Medical and sanitary report of the native army of Madras for the year
Year: 1878
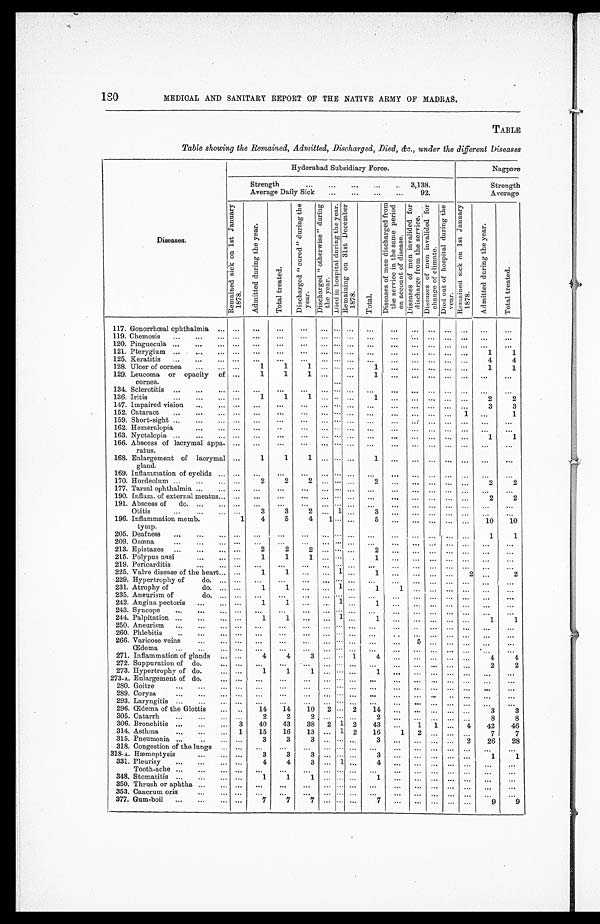
180
MEDICAL AND SANITARY REPORT OF THE NATIVE ARMY OF MADRAS.
TABLE
Table showing the Remained, Admitted, Discharged, Died, &c., under the different Diseases
Diseases.
Hyderabad Subsidiary Force.
Nagpore
Strength . . . 3,138.
Strength
Average Daily Sick . . . 92.
Average
R e m a i n e d s i c k o n 1 s t J a n u a r y 1 8 7 8 .
A d m i t t e d d u r i n g t h e y e a r .
T o t a l t r e a t e d .
D i s c h a r g e d " c u r e d " d u r i n g t h e y e a r .
D i s c h a r g e d " o t h e r w i s e " d u r i n g t h e y e a r .
D i e d i n h o s p i t a l d u r i n g t h e y e a r . R e m a i n i n g o n 3 1 s t D e c e m b e r 1 8 7 8 .
T o t a l .
D i s e a s e s o f m e n d i s c h a r g e d f r o m t h e s e r v i c e i n t h e s a m e p e r i o d o n a c c o u n t o f d i s e a s e .
D i s e a s e s o f m e n i n v a l i d e d f o r d i s c h a r g e d f r o m t h e s e r v i c e . D i s e a s e s o f m e n i n v a l i d e d f o r c h a n g e o f c l i m a t e .
D i e d o u t o f h o s p i t a l d u r i n g t h e y e a r .
R e m a i n i n g s i c k o n 1 s t J a n u a r y 1 8 7 8 .
A d m i t t e d d u r i n g t h e y e a r .
T o t a l t r e a t e d .
117. Gonorrhœal ophthalmia . . .
. . .
. . .
. . .
. . .
. . .
. . .
. . .
. . .
. . .
. . .
. . .
. . .
. . .
. . .
. . .
119. Chemosis . . .
. . .
. . .
. . .
. . .
. . .
. . . . . .
. . .
. . .
. . .
. . .
. . .
. . .
. . .
. . .
120. Pinguecula . . .
. . .
. . .
. . .
. . .
. . .
. . . . . .
. . .
. . .
. . .
. . .
. . .
. . .
. . .
. . .
121. Pterygium . . .
. . .
. . .
. . .
. . .
. . .
. . . . . .
. . .
. . .
. . .
. . .
. . .
. . .
1
1
125. Keratitis . . .
. . .
. . .
. . .
. . .
. . .
. . . . . .
. . .
. . .
. . .
. . .
. . .
. . .
4
4
128. Ulcer of cornea . . .
. . .
1
1
1
. . .
. . . . . .
1
. . .
. . .
. . .
. . .
. . .
1
1
129. Leucoma or opacity of
cornea.
. . .
1
1
1
. . .
. . .
. . .
1
. . .
. . .
. . .
. . .
. . .
. . .
. . .
134. Sclerotitis . . .
. . .
. . .
. . .
. . .
. . .
. . . . . .
. . .
. . .
. . .
. . .
. . .
. . .
. . .
. . .
136. Iritis . . .
. . .
1
1
1 . . . . . . . . .
1
. . .
. . .
. . .
. . .
. . .
2
2
147. Impaired vision . . .
. . .
. . .
. . .
. . .
. . .
. . . . . .
. . .
. . .
. . .
. . .
. . .
. . .
3
3
152. Cataract . . .
. . .
. . .
. . .
. . .
. . .
. . . . . .
. . .
. . .
. . .
. . .
. . .
1
. . .
1
159. Short-sight . . .
. . .
. . .
. . .
. . .
. . .
. . . . . .
. . .
. . .
. . .
. . .
. . .
. . .
. . .
. . .
162. Hemeralopia . . .
. . .
. . .
. . .
. . .
. . .
. . . . . .
. . .
. . .
. . .
. . .
. . .
. . .
. . .
. . .
163. Nyctalopia . . .
. . .
. . .
. . .
. . .
. . .
. . . . . .
. . .
. . .
. . .
. . .
. . .
. . .
1
1
166. Abscess of lacrymal appa
-ratus.
. . .
. . .
. . .
. . .
. . . . . .
. . .
. . .
. . .
. . .
. . .
. . .
. . .
. . .
. . .
168. Enlargement of lacrymal
gland.
. . .
1
1
1
. . . . . .
. . .
1
. . .
. . .
. . .
. . .
. . .
. . .
. . .
169. Inflammation of eyelids . . .
. . .
. . .
. . .
. . .
. . .
. . . . . .
. . .
. . .
. . .
. . .
. . .
. . .
. . .
. . .
170. Hordeolum . . .
. . .
2
2
2
. . . . . .
. . .
2
. . .
. . .
. . .
. . .
. . .
2
2
177. Tarsal ophthalmia . . .
. . .
. . .
. . .
. . .
. . .
. . . . . .
. . .
. . .
. . .
. . .
. . .
. . .
. . .
. . .
190. Inflam. of external meatus . . .
. . .
. . .
. . .
. . .
. . . . . . . . .
. . .
. . .
. . .
. . .
. . .
. . .
2
2
191. Abscess of do. . . . . . .
. . .
. . .
. . .
. . .
. . . . . .
. . .
. . .
. . .
. . .
. . .
. . .
. . .
. . .
3
3
2
. . . 1
. . .
3
. . .
. . .
. . .
. . .
. . .
. . .
. . .
Otitis . . .
. . .
196. Inflammation memb.
tymp.
1
4
5
4
1 . . .
. . .
5
. . .
. . .
. . .
. . .
. . .
10
10
205. Deafness . . .
. . .
. . .
. . .
. . .
. . .
. . . . . .
. . .
. . .
. . .
. . .
. . .
. . .
1
1
209. Ozœna . . .
. . .
. . .
. . .
. . .
. . .
. . . . . .
. . .
. . .
. . .
. . .
. . .
. . .
. . .
. . .
213. Epistaxes . . . . . .
2
2
2
. . .
. . .
. . .
2
. . .
. . .
. . .
. . .
. . .
. . .
. . .
215. Polypus nasi . . .
. . .
1
1
1
. . .
. . . . . .
1
. . .
. . .
. . .
. . .
. . .
. . .
. . .
219. Pericarditis . . .
. . .
. . .
. . .
. . .
. . .
. . . . . .
. . .
. . .
. . . . . .
. . .
. . .
. . .
. . .
225. Valve disease of the heart . . .
. . .
1
1
. . .
. . .
1 . . .
1
. . .
. . .
. . .
. . .
2
. . .
2
229. Hypertrophy of do. . . .
. . .
. . .
. . .
. . .
. . .
. . . . . .
. . .
. . .
. . .
. . .
. . .
. . .
. . .
. . .
1
231. Atrophy of do. . . .
. . .
1
1
. . .
. . .
. . .
1
1
. . .
. . .
. . .
. . .
. . .
. . .
235. Aneurism of do. . . .
. . .
. . .
. . .
. . .
. . .
. . . . . .
. . .
. . .
. . .
. . .
. . .
. . .
. . .
. . .
1
242. Angina pectoris . . .
. . .
1
1
. . .
. . .
. . .
1
. . .
. . .
. . .
. . .
. . .
. . .
. . .
243. Syncope . . .
. . .
. . .
. . .
. . .
. . .
. . . . . .
. . .
. . .
. . .
. . .
. . .
. . .
. . .
. . .
1
244. Palpitation . . .
. . .
1
1
. . .
. . .
. . .
1
. . .
. . .
. . .
. . .
. . .
1
1
250. Aneurism . . .
. . .
. . .
. . .
. . .
. . .
. . . . . .
. . .
. . .
. . .
. . .
. . .
. . .
. . .
. . .
260. Phlebitis . . .
. . .
. . .
. . .
. . .
. . .
. . . . . .
. . .
. . .
. . .
. . .
. . .
. . .
. . .
. . .
266. Varicose veins . . .
. . .
. . .
. . .
. . .
. . .
. . . . . .
. . .
. . .
5
. . .
. . .
. . .
. . .
. . .
Œdema . . .
. . .
. . .
. . .
. . .
. . .
. . . . . .
. . .
. . .
. . .
. . .
. . .
. . .
. . .
271. Inflammation of glands . . .
. . .
4
4
3
. . .
. . . 1
4
. . .
. . .
. . .
. . .
. . .
4
4
272. Suppuration of do. . . .
. . .
. . .
. . .
. . .
. . .
. . . . . .
. . .
. . .
. . .
. . .
. . .
. . .
2
2
273. Hypertrophy of do. . . .
. . .
1
1
1
. . .
. . . . . .
1
. . .
. . .
. . .
. . .
. . .
. . .
. . .
273-A. Enlargement of do. . . .
. . .
. . .
. . .
. . .
. . .
. . . . . .
. . .
. . .
. . .
. . .
. . .
. . .
. . .
. . .
280. Goitre . . .
. . .
. . .
. . .
. . .
. . .
. . . . . .
. . .
. . .
. . .
. . .
. . .
. . .
. . .
. . .
289. Coryza . . .
. . .
. . .
. . .
. . .
. . .
. . . . . .
. . .
. . .
. . .
. . .
. . .
. . .
. . .
. . .
293. Laryngitis . . .
. . .
. . .
. . .
. . .
. . .
. . . . . .
. . .
. . .
. . .
. . .
. . .
. . .
. . .
. . .
14
10
2
. . . 2
14
. . .
. . .
. . .
. . .
. . .
3
3
14
296. Œdema of the Glottis . . .
. . .
305. Catarrh . . .
. . .
2
2
2 . . . . . .
. . .
2
. . .
. . .
. . .
. . .
. . .
8
8
40
43
38
2 1 2
43
. . .
1
1
. . .
4
42
46
306. Bronchitis . . . 3
314. Asthma . . . 1
15
16
13
. . . 1 2
16
1
2
. . .
. . .
. . .
7
7
315. Pneumonia . . .
. . .
3
3
3
. . .
. . .
. . .
3
. . .
. . .
. . .
. . .
2
26
28
318. Congestion of the lungs . . .
. . .
. . .
. . .
. . .
. . .
. . .
. . .
. . .
. . .
. . .
. . .
. . .
. . .
. . .
. . .
318-A. Hæmoptysis . . .
. . .
3
3
3
. . .
. . .
. . .
3
. . .
. . .
. . .
. . .
. . .
1
1
331. Pleurisy . . .
. . .
4
4
3
. . . 1
. . .
4
. . .
. . .
. . .
. . .
. . .
. . .
. . .
Tooth-ache . . .
. . .
. . .
. . .
. . .
. . .
. . .
. . .
. . .
. . .
. . .
. . .
. . .
. . .
. . .
. . .
348. Stomatitis . . .
. . .
1
1
1
. . .
. . .
. . .
1
. . .
. . .
. . .
. . .
. . .
. . .
. . .
350. Thrush or aphtha . . . . . .
. . .
. . .
. . .
. . . . . .
. . .
. . .
. . .
. . .
. . .
. . .
. . .
. . .
. . .
353. Cancrum oris . . .
. . .
. . .
. . .
. . .
. . .
. . .
. . .
. . .
. . .
. . .
. . .
. . .
. . .
. . .
. . .
377. Gum-boil . . .
. . .
7
7
7
. . .
. . .
. . .
7
. . .
. . .
. . .
. . .
. . .
9
9